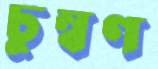
চুম্বণ